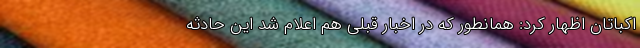
اکباتان اظهار کرد: همانطور که در اخبار قبلی هم اعلام شد این حادثه